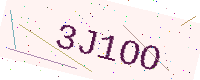
Text: 3J1OO